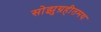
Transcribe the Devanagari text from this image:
सोझुग्रहीतमथ